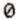
0